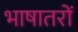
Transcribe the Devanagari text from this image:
भाषातरों